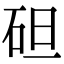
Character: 𥑲